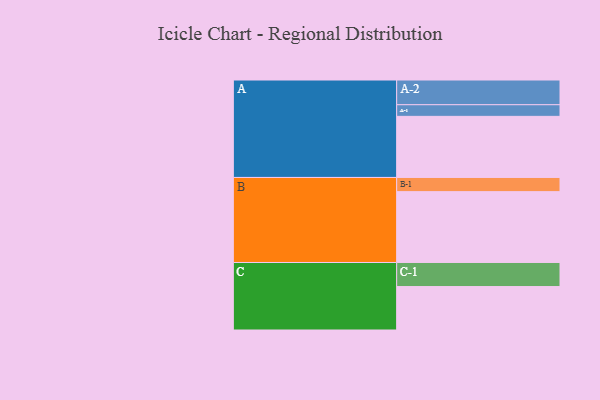
{"axis": {"x": "Segment", "y": "Value"}, "legend": ["", "A", "B", "C"], "data": [{"x": "A", "y": 457, "type": ""}, {"x": "B", "y": 530, "type": ""}, {"x": "C", "y": 325, "type": ""}, {"x": "A-1", "y": 87, "type": "A"}, {"x": "A-2", "y": 185, "type": "A"}, {"x": "B-1", "y": 106, "type": "B"}, {"x": "C-1", "y": 180, "type": "C"}]}